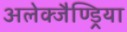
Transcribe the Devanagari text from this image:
अलेक्जैण्ड्रिया